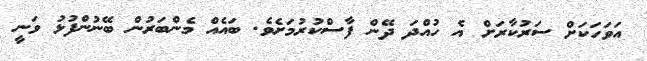
އަވަހަކަށް ސަރުކާރަށް އެ ހުއްދަ ދޭން ފާސްކުރުމަށެވެ. ބައެއް މެންބަރުން ބޭނުންފުޅު ވަނީ